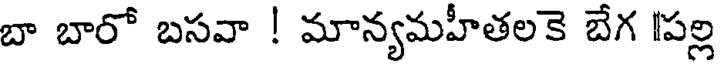
బా బారో బసవా ! మాన్యమహీతలకె బేగ [పల్ల